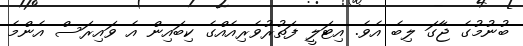
ބުނުމުގެ ޖާގަ ލިބެ އެވެ. އިޓަލީ ފަތުރުވެރިއެއްގެ ކިބައިން އެ ވައިރަސް އެންމެ